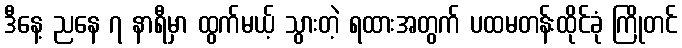
ဒီနေ့ ညနေ ၇ နာရီမှာ ထွက်မယ့် သွားတဲ့ ရထားအတွက် ပထမတန်းထိုင်ခုံ ကြိုတင်